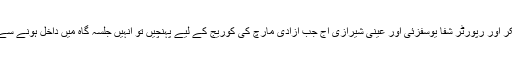
ہم نیوز کی اینکر اور رپورٹر شفا یوسفزئی اور عینی شیرازی آج جب آزادی مارچ کی کوریج کے لیے پہنچیں تو انہیں جلسہ گاہ میں داخل ہونے سے روک دیا گیا۔